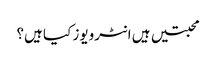
محبتیں ہیں انٹرویوز کیا ہیں؟